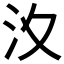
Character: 𣲋